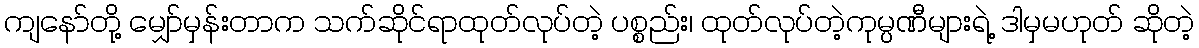
ကျနော်တို့ မျှော်မှန်းတာက သက်ဆိုင်ရာထုတ်လုပ်တဲ့ ပစ္စည်း၊ ထုတ်လုပ်တဲ့ကုမ္ပဏီများရဲ့ ဒါမှမဟုတ် ဆိုတဲ့